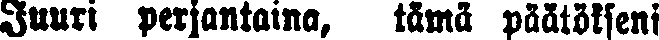
Juuri perjantaina, tämä päätökseni